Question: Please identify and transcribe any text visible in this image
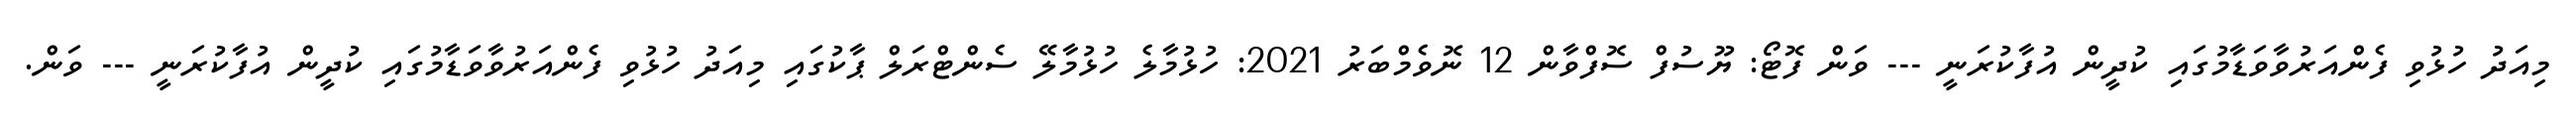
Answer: މިއަދު ހުޅުވި ފެންއަރުވާވަޑާމުގައި ކުދީން އުފާކުރަނީ --- ވަން ފޮޓޯ: ޔޫސުފް ސޮފްވާން 12 ނޮވެމްބަރު 2021: ހުޅުމާލެ ހުޅުމާލޭ ސެންޓްރަލް ޕާކުގައި މިއަދު ހުޅުވި ފެންއަރުވާވަޑާމުގައި ކުދީން އުފާކުރަނީ --- ވަން.